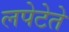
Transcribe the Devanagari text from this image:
लपेटेते